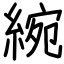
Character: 綩